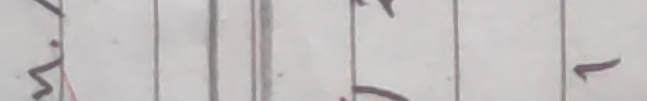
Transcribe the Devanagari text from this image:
छ।